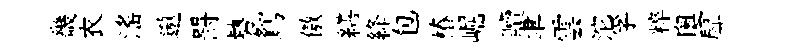
畿衣滛遨罸勢鴛傲繕絳包椿崛贖聿雲沱孚粹奥戽